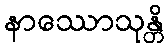
နာဿောသုန္တိ